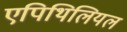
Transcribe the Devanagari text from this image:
एपिथिलियल